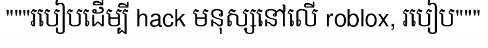
"""របៀបដើម្បី hack មនុស្សនៅលើ roblox, របៀប"""